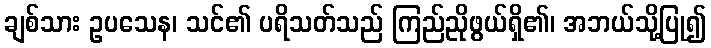
ချစ်သား ဥပသေန၊ သင်၏ ပရိသတ်သည် ကြည်ညိုဖွယ်ရှိ၏၊ အဘယ်သို့ပြု၍